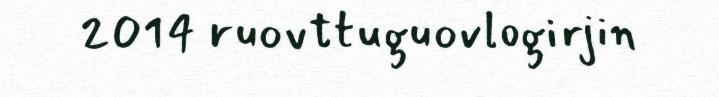
2014 ruovttuguovlogirjin